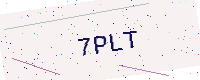
Text: 7PLT